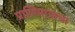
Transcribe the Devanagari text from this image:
प्राणिमात्राचा